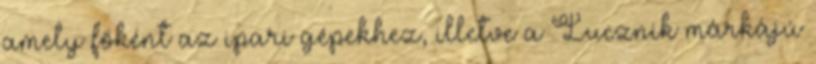
amely főként az ipari gépekhez, illetve a Lucznik márkájú